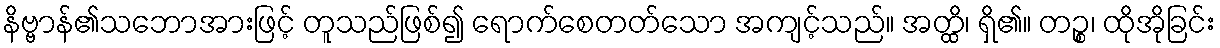
နိဗ္ဗာန်၏သဘောအားဖြင့် တူသည်ဖြစ်၍ ရောက်စေတတ်သော အကျင့်သည်။ အတ္ထိ၊ ရှိ၏။ တဉ္စ၊ ထိုအိုခြင်း